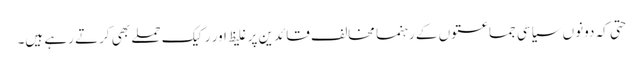
حتی کہ دونوں سیاسی جماعتوں کے رہنما مخالف قائدین پر غلیظ اور رکیک حملے بھی کرتے رہے ہیں۔